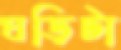
ঘড়িটা